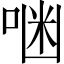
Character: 𠶑